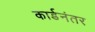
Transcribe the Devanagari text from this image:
कार्डनंतर